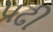
પઢી